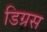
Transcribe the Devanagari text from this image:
डिग्रस